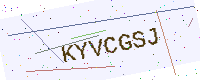
Text: KYVCGSJ